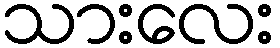
သားလေး